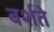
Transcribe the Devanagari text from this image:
बर्शते